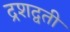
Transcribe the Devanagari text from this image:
द्रशद्वती